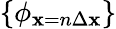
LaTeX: \{ \phi_{\mathbf{x}=n\Delta\mathbf{x}}\}